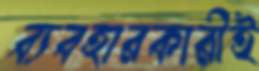
ব্যবহারকারীই